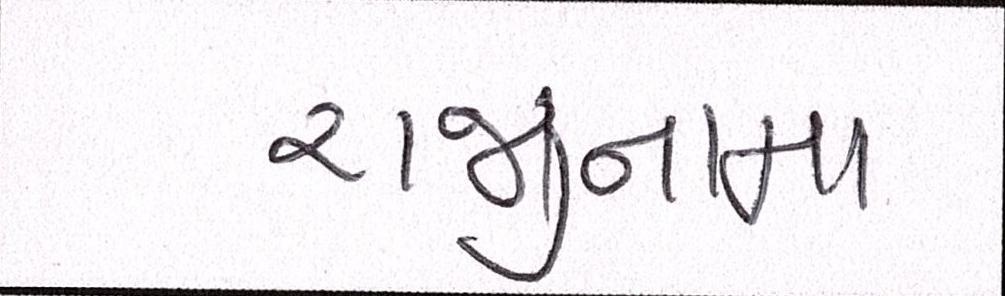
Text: રાજીનામા